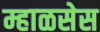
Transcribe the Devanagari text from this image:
म्हाळसेस